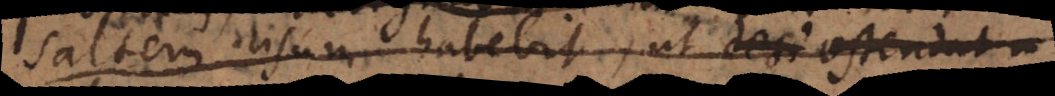
saltem usum habebit, ut designet